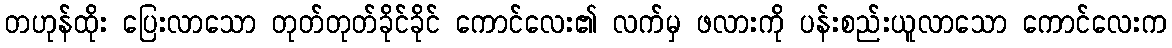
တဟုန်ထိုး ပြေးလာသော တုတ်တုတ်ခိုင်ခိုင် ကောင်လေး၏ လက်မှ ဖလားကို ပန်းစည်းယူလာသော ကောင်လေးက